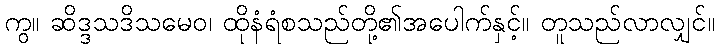
ကွ။ ဆိဒ္ဒသဒိသမေဝ၊ ထိုနံရံစသည်တို့၏အပေါက်နှင့်။ တူသည်လာလျှင်။